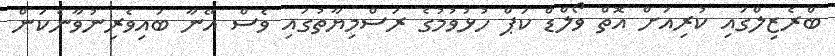
ބްރެޒިލްގައި ކުރިއަށް އޮތް ވޯލްޑް ކަޕް ހުޅުވުމުގެ ރަސްމިޔާތުގައި ވެސް އޭނާ ބައިވެރިނުވާނެކަން